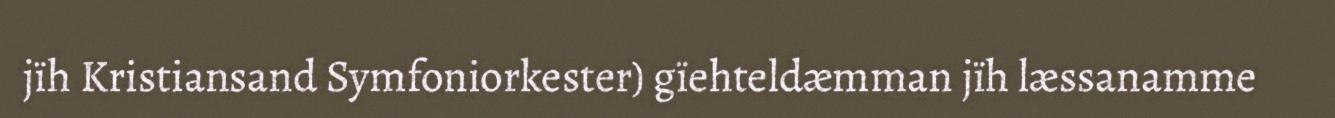
jïh Kristiansand Symfoniorkester) gïehteldæmman jïh læssanamme